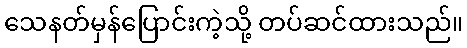
သေနတ်မှန်ပြောင်းကဲ့သို့ တပ်ဆင်ထားသည်။